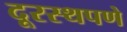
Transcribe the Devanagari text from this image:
दूरस्थपणे